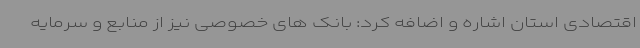
اقتصادی استان اشاره و اضافه کرد: بانک های خصوصی نیز از منابع و سرمایه